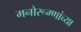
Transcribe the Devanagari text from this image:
मनोरूग्णांच्या